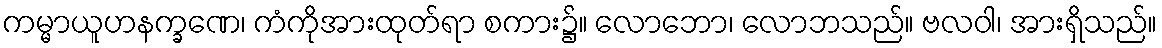
ကမ္မာယူဟနက္ခဏေ၊ ကံကိုအားထုတ်ရာ စကား၌။ လောဘော၊ လောဘသည်။ ဗလဝါ၊ အားရှိသည်။